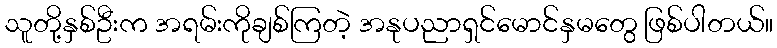
သူတို့နှစ်ဦးက အရမ်းကိုချစ်ကြတဲ့ အနုပညာရှင်မောင်နှမတွေ ဖြစ်ပါတယ်။